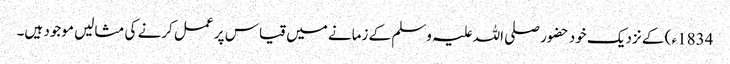
1834ء ) کے نزدیک خود حضور صلی اللہ علیہ وسلم کے زمانے میں قیاس پر عمل کرنے کی مثالیں موجود ہیں۔